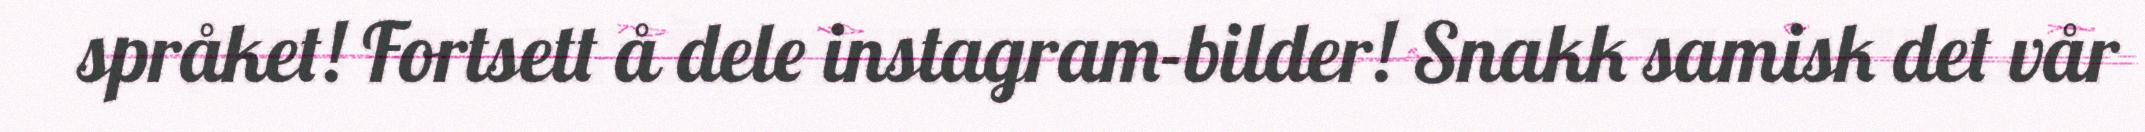
språket! Fortsett å dele instagram-bilder! Snakk samisk det vår